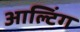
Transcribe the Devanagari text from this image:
आल्टिंग